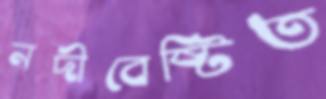
নদীবেষ্টিত